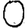
Digit: 0